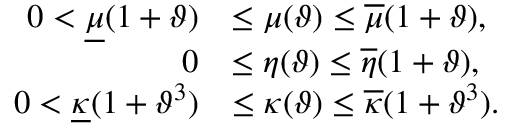
\begin{array} { r l } { 0 < \underline { { \mu } } ( 1 + \vartheta ) } & { \leq \mu ( \vartheta ) \leq \overline { { \mu } } ( 1 + \vartheta ) , } \\ { 0 } & { \leq \eta ( \vartheta ) \leq \overline { { \eta } } ( 1 + \vartheta ) , } \\ { 0 < \underline { { \kappa } } ( 1 + \vartheta ^ { 3 } ) } & { \leq \kappa ( \vartheta ) \leq \overline { { \kappa } } ( 1 + \vartheta ^ { 3 } ) . } \end{array}